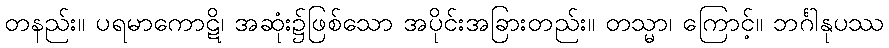
တနည်း။ ပရမာကောဋိ၊ အဆုံး၌ဖြစ်သော အပိုင်းအခြားတည်း။ တသ္မာ၊ ကြောင့်။ ဘင်္ဂါနုပဿ